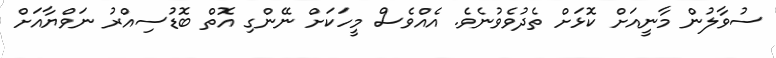
ސުވާލުން މާނީއަށް ކޮޅަށް ތެދުވެވުނެވެ. އެއްވެސް މީހަކަށް ނޭންގި އޮތް ބޮޑުސިއްރު ނަވްޔާއަށް